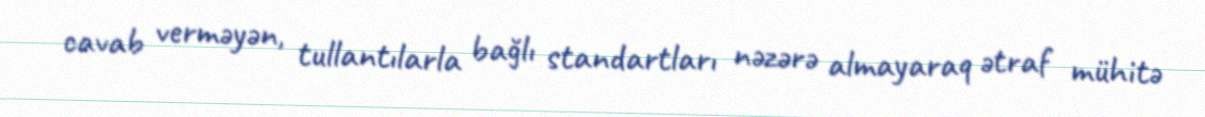
cavab verməyən, tullantılarla bağlı standartları nəzərə almayaraq ətraf mühitə